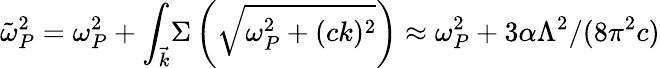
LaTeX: \tilde{\omega}_{P}^{2}=\omega_{P}^{2}+{\int_{\vec{k}}}\Sigma\left(\sqrt{\omega_{P}^{2}+(ck)^{2}}\right)\approx\omega_{P}^{2}+{3}\alpha\Lambda^{2}/(8\pi^{2}c)